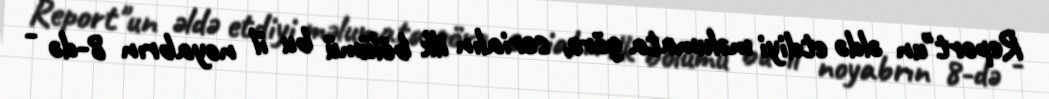
Report"un əldə etdiyi məlumata görə, serialın ilk bölümü bu il noyabrın 8-də -